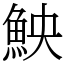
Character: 䱀